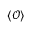
\langle { \mathcal { O } } \rangle